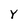
Character: Y